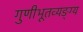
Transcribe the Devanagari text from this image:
गुणीभूतव्यङ्ग्य